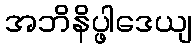
အဘိနိပ္ဖါဒေယျ